Problem: 33 + 10 = ?
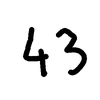
Handwritten answer: 43